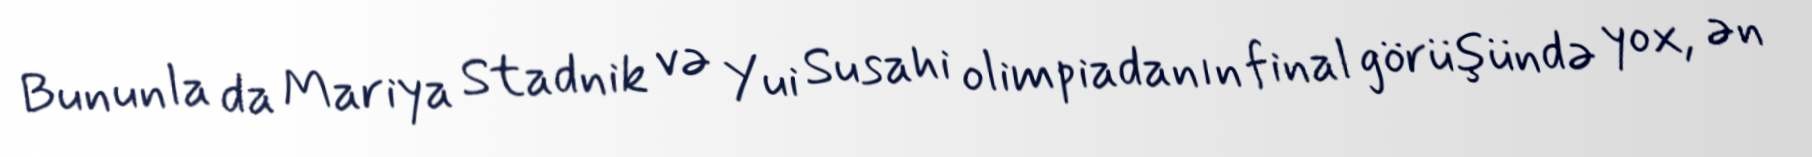
Bununla da Mariya Stadnik və Yui Susahi olimpiadanın final görüşündə yox, ən